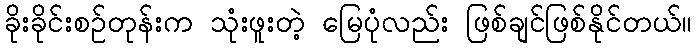
ခိုးခိုင်းစဉ်တုန်းက သုံးဖူးတဲ့ မြေပုံလည်း ဖြစ်ချင်ဖြစ်နိုင်တယ်။